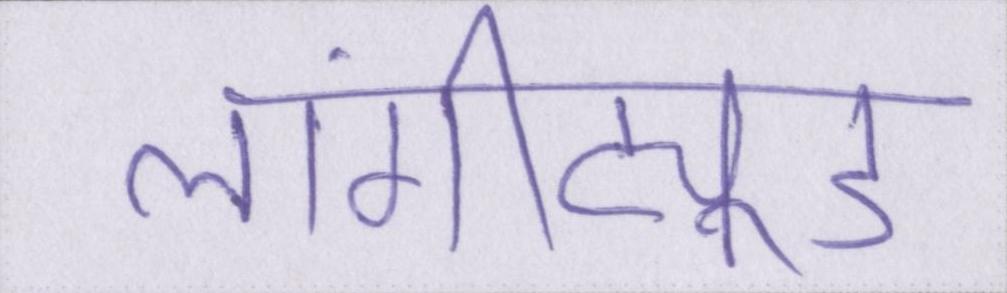
लांगीट्यूड